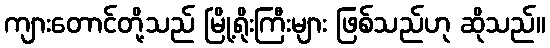
ကျားတောင်တို့သည် မြို့ရိုးကြီးများ ဖြစ်သည်ဟု ဆိုသည်။